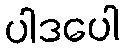
ပါဒပေါ